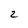
Character: 2